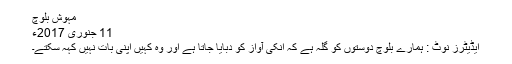
مہوش بلوچ
11 جنوری 2017ء
ایڈیٹرز نوٹ : ہمارے بلوچ دوستوں کو گلہ ہے کہ انکی آواز کو دبایا جاتا ہے اور وہ کہیں اپنی بات نہیں کہہ سکتے۔